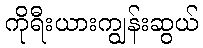
ကိုရီးယားကျွန်းဆွယ်